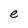
Character: e